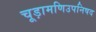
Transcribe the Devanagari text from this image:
चूड़ामणिउपनिषद